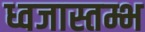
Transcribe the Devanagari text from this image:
ध्वजास्तम्भ